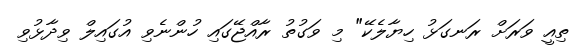
ތިއީ ވަރަށް ރަނގަޅު ހިޔާލެކޭ" މި ވަގުތު ރާއްޖޭގައި ހުންނެވި އުގައިލް ވިދާޅުވި